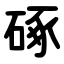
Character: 硺